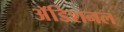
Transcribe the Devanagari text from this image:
अॅडिशनल